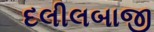
દલીલબાજી